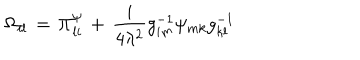
\Omega _ { i l } \, = \, \Pi _ { l i } ^ { \psi } \, + \, \frac { i } { 4 \lambda ^ { 2 } } g _ { i m } ^ { - 1 } \psi _ { m k } g _ { k l } ^ { - 1 }